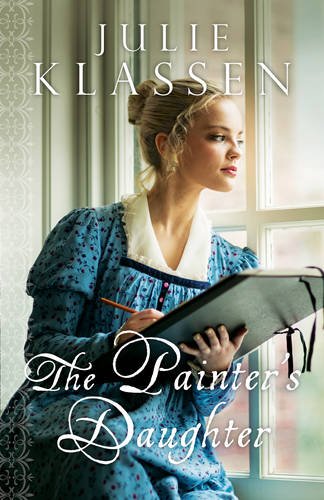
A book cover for The Painter's Daughter; Julie Klassen; Romance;